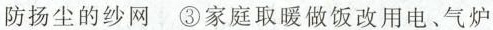
防扬尘的纱网③家庭取暖做饭改用电、气炉